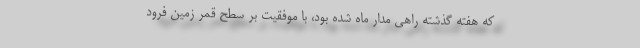
که هفتهٔ گذشته راهی مدار ماه شده بود، با موفقیّت بر سطح قمر زمین فرود